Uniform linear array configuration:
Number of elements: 64
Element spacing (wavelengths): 1
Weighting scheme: exponential
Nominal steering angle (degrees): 60
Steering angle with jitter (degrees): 61.387
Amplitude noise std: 0.05
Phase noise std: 0.05

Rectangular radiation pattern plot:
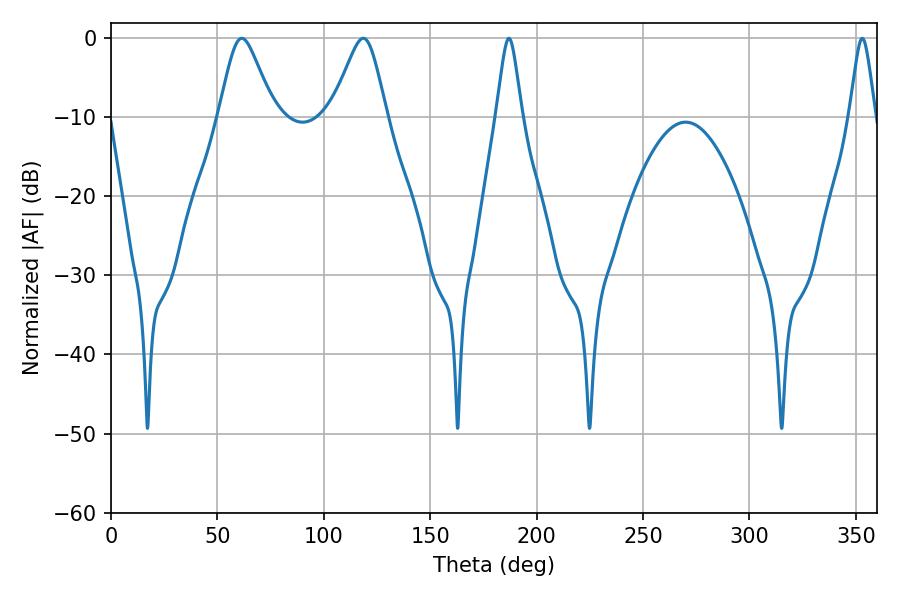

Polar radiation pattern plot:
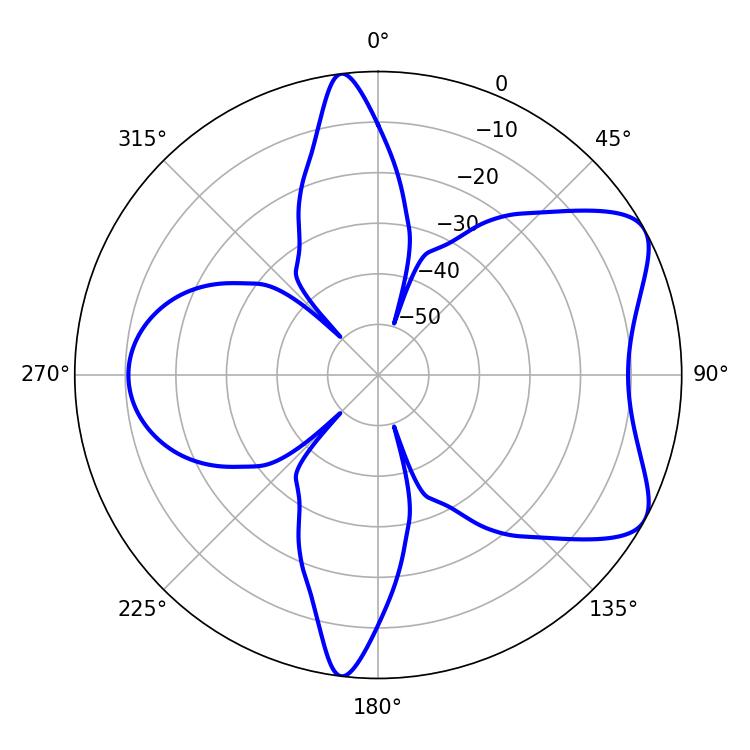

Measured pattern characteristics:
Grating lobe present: TRUE
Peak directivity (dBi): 6.78
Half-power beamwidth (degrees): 12.42
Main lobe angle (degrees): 61.38